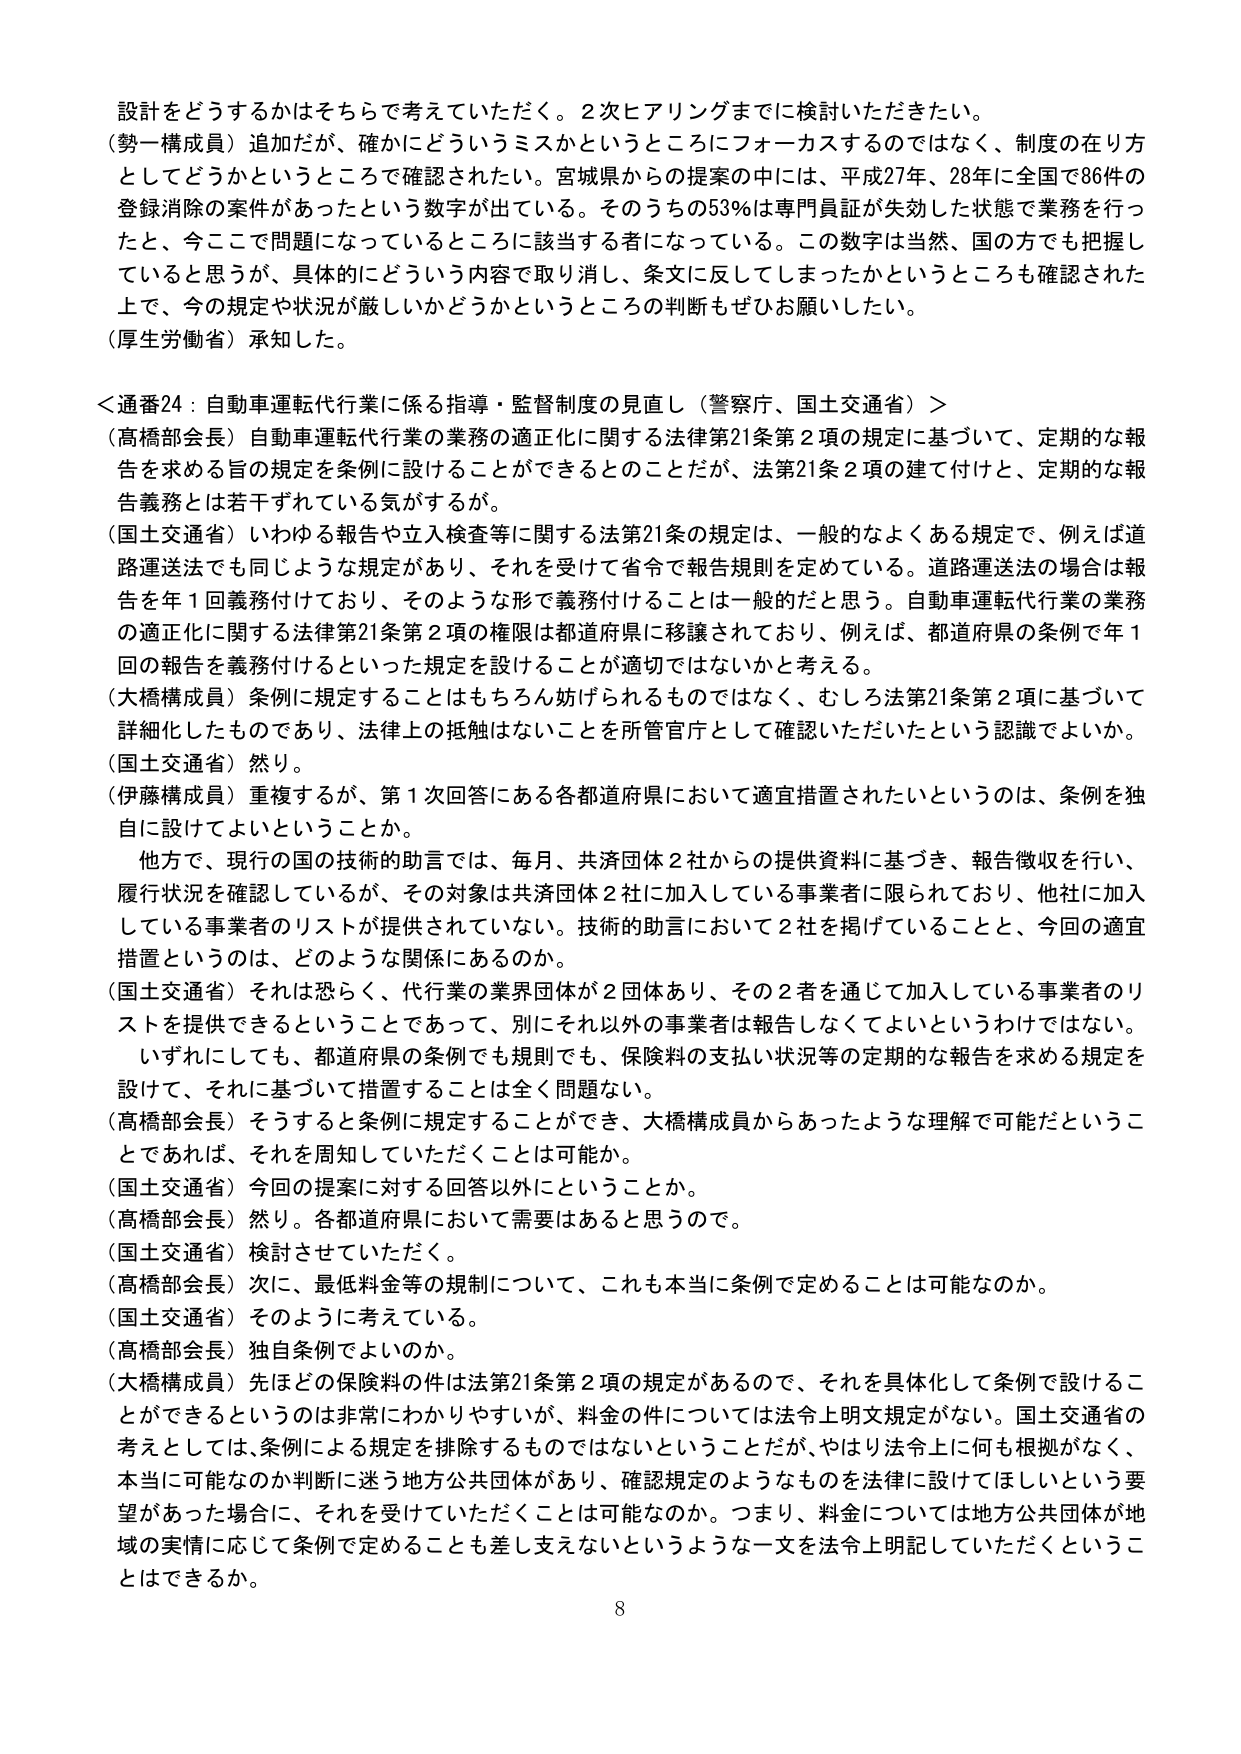
設計をどうするかはそちらで考えていただく。2次ヒアリングまでに検討いただきたい。

（勢一構成員）追加だが、確かにどういうミスかというところにフォーカスするのではなく、制度の在り方としてどうかというところに確認されたい。宮城県からの提案の中には、平成27年、28年に全国で86件の登録消除の案件があったという数字が出ている。そのうちの53％は専門員証が失効した状態で業務を行ったと、今ここで問題になっているところに該当する者になっている。この数字は当然、国の方でも把握していると思うが、具体的にどういう内容で取り消し、条文に反してしまったかというところも確認された上で、今の規定や状況が厳しいかどうかというところの判断もぜひお願いしたい。

（厚生労働省）承知した。

＜通番24：自動車運転代行業に係る指導・監督制度の見直し（警察庁、国土交通省）＞

（高橋部会長）自動車運転代行業の業務の適正化に関する法律第21条第2項の規定に基づいて、定期的な報告を求める旨の規定を条例に設けることができるとのことだが、法第21条2項の建て付けと、定期的な報告義務とは若干ずれている気がするが。

（国土交通省）いわゆる報告や立入検査等に関する法第21条の規定は、一般的なよくある規定で、例えば道路運送法でも同じような規定があり、それを受けて省令で報告規則を定めている。道路運送法の場合は報告を年1回義務付けており、そのような形で義務付けることは一般的だと思う。自動車運転代行業の業務の適正化に関する法律第21条第2項の権限は都道府県に移譲されており、例えば、都道府県の条例で年1回の報告を義務付けるといった規定を設けることが適切ではないかと考える。

（大橋構成員）条例に規定することはもちろん妨げられるものではなく、むしろ法第21条第2項に基づいて詳細化したものであり、法律上の抵触はないことを所管官庁として確認いただいたという認識でよいか。

（国土交通省）然り。

（伊藤構成員）重複するが、第1次回答にある各都道府県において適宜措置されたいというのは、条例を独自に設けてよいということか。

他方で、現行の国の技術的助言では、毎月、共済団体2社からの提供資料に基づき、報告徴収を行い、履行状況を確認しているが、その対象は共済団体2社に加入している事業者に限られており、他社に加入している事業者のリストが提供されていない。技術的助言において2社を掲げていることと、今回の適宜措置というのは、どのような関係にあるのか。

（国土交通省）それは恐らく、代行業の業界団体が2団体あり、その2者を通じて加入している事業者のリストを提供できるということであって、別にそれ以外の事業者は報告しなくてもよいというわけではない。いずれにしても、都道府県の条例でも規則でも、保険料の支払い状況等の定期的な報告を求める規定を設けて、それに基づいて措置することは全く問題ない。

（高橋部会長）そうすると条例に規定することができ、大橋構成員からあったような理解で可能だということであれば、それを周知していただくことは可能か。

（国土交通省）今回の提案に対する回答以外にということか。

（高橋部会長）然り。各都道府県において需要はあると思うので。

（国土交通省）検討させていただく。

（高橋部会長）次に、最低料金等の規制について、これも本当に条例で定めることは可能なのか。

（国土交通省）そのように考えている。

（高橋部会長）独自条例でよいのか。

（大橋構成員）先ほどの保険料の件は法第21条第2項の規定があるので、それを具体化して条例で設けることができるというのは非常にわかりやすいが、料金の件については法令上明文規定がない。国土交通省の考えとしては、条例による規定を排除するものではないということだが、やはり法令上に何も根拠がなく、本当に可能なのか判断に迷う地方公共団体があり、確認規定のようなものを法律に設けてほしいという要望があった場合に、それを受けいていただくことは可能なのか。つまり、料金については地方公共団体が地域の実情に応じて条例で定めることも差し支えないというような一文を法令上明記していただくということはできるか。

8